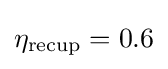
\eta _{\text{recup}}=0.6